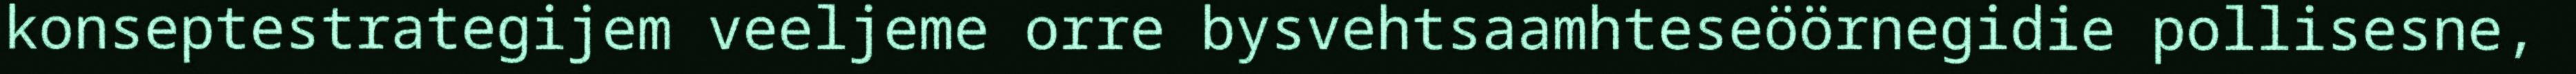
konseptestrategijem veeljeme orre bysvehtsaamhteseöörnegidie pollisesne,